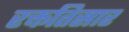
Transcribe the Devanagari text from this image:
रक्ततिसार